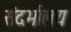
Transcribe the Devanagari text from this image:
संदर्भालय